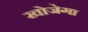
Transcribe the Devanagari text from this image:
खोजेगा